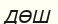
ДӨШ